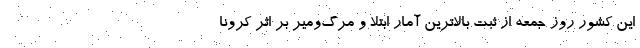
این کشور روز جمعه از ثبت بالاترین آمار ابتلا و مرگ‌ومیر بر اثر کرونا